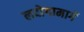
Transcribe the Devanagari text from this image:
लदोगामार्गे